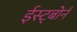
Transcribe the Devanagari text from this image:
ईस्ट्बोर्न